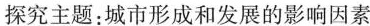
探究主题：城市形成和发展的影响因素